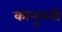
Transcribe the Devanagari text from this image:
कानूननी